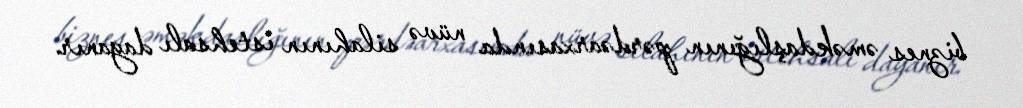
biznes əməkdaşlığının pərdəarxasında nüvə silahının istehsalı dayanır.